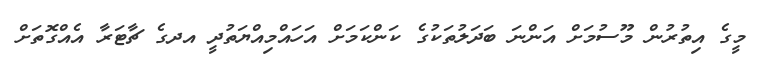
މީގެ އިތުރުން މޫސުމަށް އަންނަ ބަދަލުތަކުގެ ކަންކަމަށް އަހައްމިއްޔަތުދީ އދގެ ޗާޓަރާ އެއްގޮތަށް